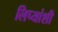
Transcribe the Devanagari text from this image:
लिप्यांशी